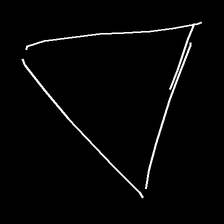
Glyph: convergence